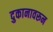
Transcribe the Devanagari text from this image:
दुकानावरून